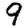
Digit: 9